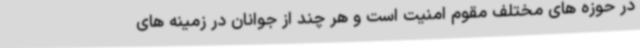
در حوزه های مختلف مقوم امنیت است و هر چند از جوانان در زمینه های